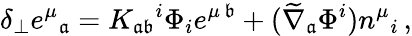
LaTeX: \delta_{\perp}e^{\mu}{}_{\mathfrak{a}}=K_{\mathfrak{a}\mathfrak{b}}{}^{i}\Phi_{i}e^{\mu\, \mathfrak{b}}+(\widetilde{\nabla}_{\mathfrak{a}}\Phi^{i})n^{\mu}{}_{i}\, ,